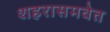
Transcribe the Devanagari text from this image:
शहरासमवेत